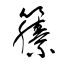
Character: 籘